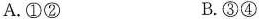
A.①② B.③④